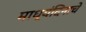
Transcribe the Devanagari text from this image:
माध्यंदिनाचे